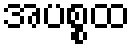
အပစ္စထ